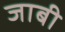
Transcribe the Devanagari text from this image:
जाबी